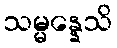
သမ္မန္နေသိ